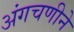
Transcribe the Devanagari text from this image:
अंगचणीने